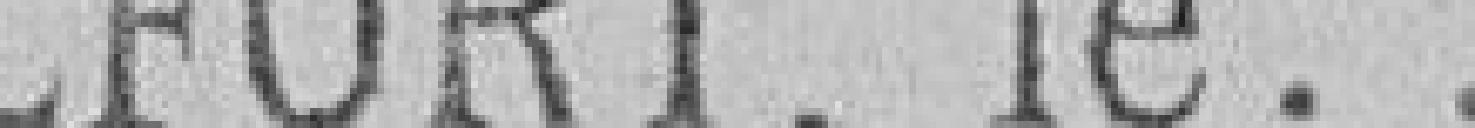
BELFORT, le